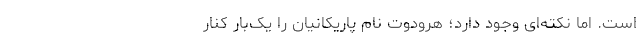
است. اما نکته‌ای وجود دارد؛ هرودوت نام پاریکانیان را یک‌بار کنار